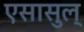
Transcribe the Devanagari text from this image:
एसासुल्